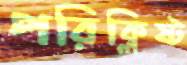
পরিক্লিষ্ট